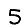
Digit: 5